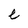
Character: e